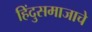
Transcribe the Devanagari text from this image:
हिंदुसमाजाचे